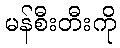
မန်စီးတီးကို